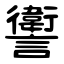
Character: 讆